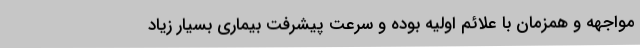
مواجهه و همزمان با علائم اولیه بوده و سرعت پیشرفت بیماری بسیار زیاد